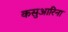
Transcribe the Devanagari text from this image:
कसुआरिना